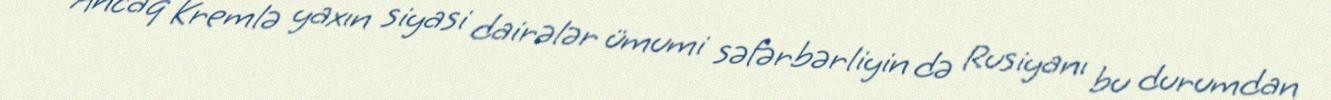
Ancaq Kremlə yaxın siyasi dairələr ümumi səfərbərliyin də Rusiyanı bu durumdan